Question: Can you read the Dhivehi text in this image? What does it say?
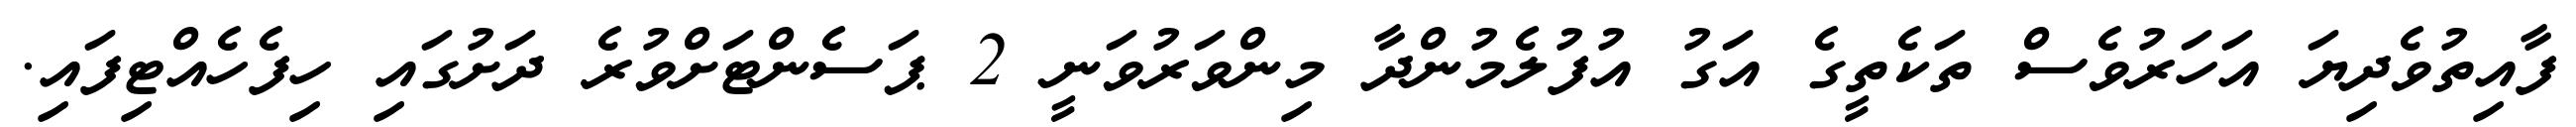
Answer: ފާއިތުވެދިޔަ އަހަރުވެސް ތަކެތީގެ އަގު އުފުލެމުންދާ މިންވަރުވަނީ 2 ޕަސެންޓަށްވުރެ ދަށުގައި ހިފެހެއްޓިފައި.